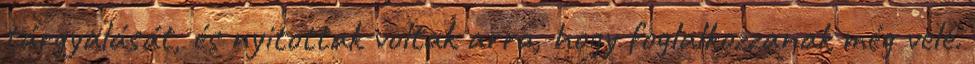
tárgyalását, és nyitottak voltak arra, hogy foglalkozzanak még vele.